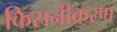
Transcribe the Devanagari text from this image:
किसनीकरण